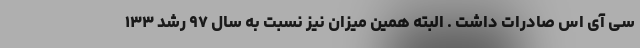
سی آی اس صادرات داشت . البته همین میزان نیز نسبت به سال ۹۷ رشد ۱۳۳